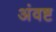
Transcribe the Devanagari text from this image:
अंवष्ट